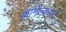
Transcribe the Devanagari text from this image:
कामेल्कासे